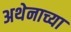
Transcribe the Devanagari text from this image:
अथेनाच्या